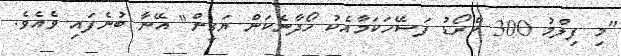
"މި ފިލްމު 300 ކްރޯޑު ފަސޭހަކަމާއެކު ހޯދާނެކަން ޔަގީން" އޭނާ ބުނެފައި ވެއެވެ.